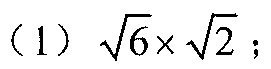
（1）\(\sqrt{6} \times \sqrt{2}\)；